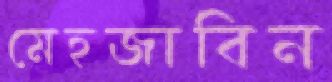
মেহজাবিন